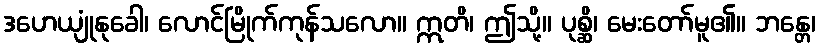
ဒဟေယျုံနုခေါ၊ လောင်မြိုက်ကုန်သလော။ ဣတိ၊ ဤသို့။ ပုစ္ဆိ၊ မေးတော်မူ၏။ ဘန္တေ၊